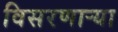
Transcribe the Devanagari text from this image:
विसरणाऱ्या